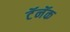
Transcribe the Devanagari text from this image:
टॅनॅक